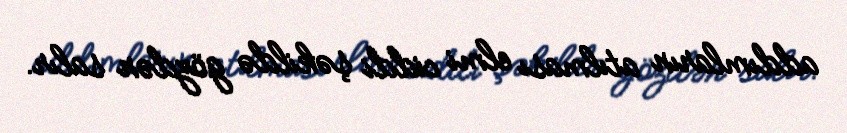
addımların atılması elmi ciddi şəkildə gözdən salır.